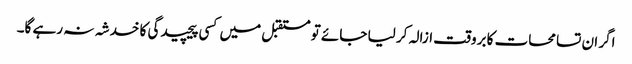
اگر ان تسامحات کا بروقت ازالہ کر لیا جائے تو مستقبل میں کسی پیچیدگی کا خدشہ نہ رہے گا۔